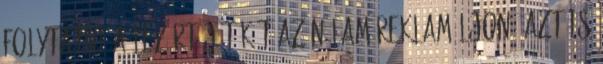
folytatni a lezárt játékát az nálam reklamáljon. Azt is